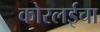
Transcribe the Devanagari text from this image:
कोरलईचा